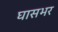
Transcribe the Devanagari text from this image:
घासभर